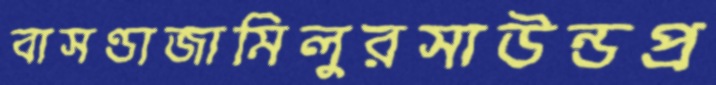
বাসণ্ডাজামিলুরসাউন্ডপ্র